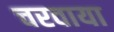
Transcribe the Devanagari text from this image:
चरवाया